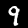
Label: 9